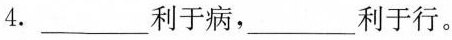
4.___利于病，___利于行。